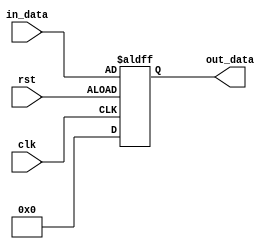
module behavioral_modeling_block (
    input wire clk,
    input wire rst,
    input wire [7:0] in_data,
    output reg [7:0] out_data
);

always @ (posedge clk or negedge rst) begin
    if (rst) begin
        out_data <= 8'b00000000; // Reset to known state
    end else begin
        // Internal logic here
        out_data <= in_data; // For example, pass input data to output
    end
end

endmodule